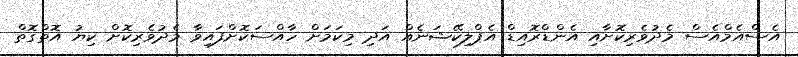
އެސްއެމްއެސް މެދުވެރިކޮށާއި އެންޑްރޮއިޑް އެޕްލިކޭޝަނެއް އަދި މިކަމަށް ހާއްސަކޮށްފައިވާ މެދުވެރިކޮށް ކިޔު އޮތްގޮތް